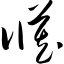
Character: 臧